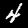
Label: 4